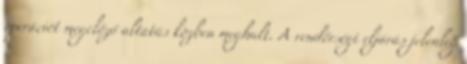
operációt megelőző altatás közben meghalt. A rendőrségi eljárás jelenleg